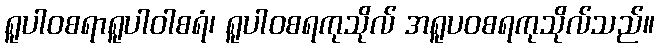
ရူပါဝစရာရူပါဝါစရံ၊ ရူပါဝစရကုသိုလ် အရူပဝစရကုသိုလ်သည်။